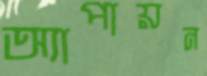
অ্যাপায়ন